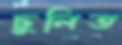
ঢুলিত